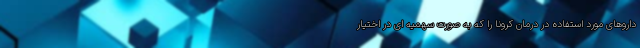
داروهای مورد استفاده در درمان کرونا را که به صورت سهمیه ای در اختیار